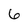
Character: 6